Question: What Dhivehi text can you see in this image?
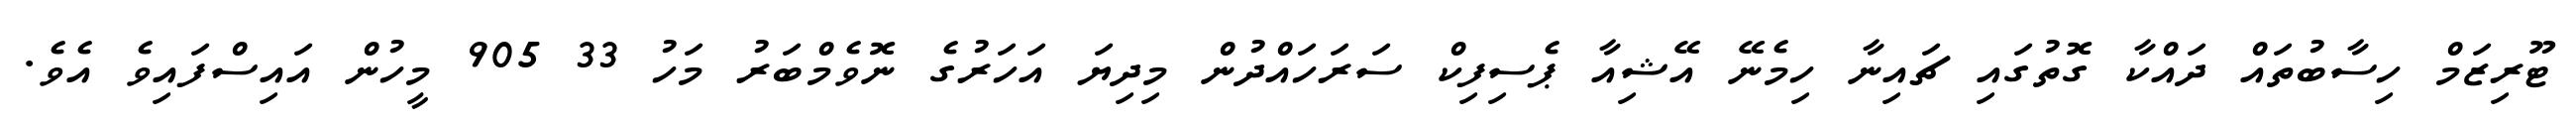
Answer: ޓޫރިޒަމް ހިސާބުތައް ދައްކާ ގޮތުގައި ޗައިނާ ހިމެނޭ އޭޝިއާ ޕެސިފިކް ސަރަހައްދުން މިދިޔަ އަހަރުގެ ނޮވެމްބަރު މަހު 33 905 މީހުން އައިސްފައިވެ އެވެ.